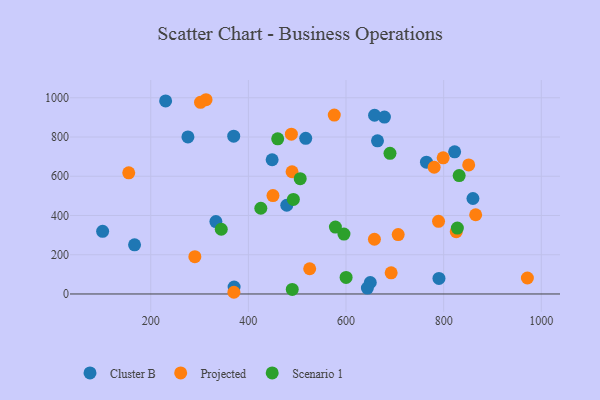
{"axis": {"x": "Investment", "y": "Exam Score"}, "legend": ["Cluster B", "Projected", "Scenario 1"], "data": [{"x": "448.7", "y": 684.0, "type": "Cluster B"}, {"x": "649.7", "y": 58.5, "type": "Cluster B"}, {"x": "478.7", "y": 452.1, "type": "Cluster B"}, {"x": "678.7", "y": 901.3, "type": "Cluster B"}, {"x": "333.5", "y": 369.0, "type": "Cluster B"}, {"x": "658.5", "y": 910.8, "type": "Cluster B"}, {"x": "664.5", "y": 780.4, "type": "Cluster B"}, {"x": "860.0", "y": 486.5, "type": "Cluster B"}, {"x": "101.5", "y": 319.2, "type": "Cluster B"}, {"x": "764.8", "y": 671.8, "type": "Cluster B"}, {"x": "643.8", "y": 29.9, "type": "Cluster B"}, {"x": "166.9", "y": 250.5, "type": "Cluster B"}, {"x": "822.5", "y": 724.2, "type": "Cluster B"}, {"x": "517.5", "y": 793.0, "type": "Cluster B"}, {"x": "370.0", "y": 804.1, "type": "Cluster B"}, {"x": "230.5", "y": 984.0, "type": "Cluster B"}, {"x": "276.2", "y": 800.5, "type": "Cluster B"}, {"x": "790.4", "y": 79.3, "type": "Cluster B"}, {"x": "370.8", "y": 35.6, "type": "Cluster B"}, {"x": "780.6", "y": 645.9, "type": "Projected"}, {"x": "692.5", "y": 107.9, "type": "Projected"}, {"x": "658.2", "y": 278.8, "type": "Projected"}, {"x": "489.5", "y": 622.8, "type": "Projected"}, {"x": "971.5", "y": 81.4, "type": "Projected"}, {"x": "576.0", "y": 911.5, "type": "Projected"}, {"x": "825.8", "y": 317.4, "type": "Projected"}, {"x": "370.4", "y": 8.7, "type": "Projected"}, {"x": "851.3", "y": 657.6, "type": "Projected"}, {"x": "450.4", "y": 501.7, "type": "Projected"}, {"x": "488.1", "y": 814.4, "type": "Projected"}, {"x": "290.4", "y": 190.2, "type": "Projected"}, {"x": "155.0", "y": 617.4, "type": "Projected"}, {"x": "865.6", "y": 403.8, "type": "Projected"}, {"x": "799.0", "y": 693.7, "type": "Projected"}, {"x": "313.3", "y": 989.9, "type": "Projected"}, {"x": "525.6", "y": 128.5, "type": "Projected"}, {"x": "789.5", "y": 370.3, "type": "Projected"}, {"x": "302.0", "y": 976.9, "type": "Projected"}, {"x": "706.9", "y": 302.9, "type": "Projected"}, {"x": "690.1", "y": 716.8, "type": "Scenario 1"}, {"x": "425.5", "y": 436.9, "type": "Scenario 1"}, {"x": "595.8", "y": 305.3, "type": "Scenario 1"}, {"x": "460.1", "y": 790.9, "type": "Scenario 1"}, {"x": "828.1", "y": 335.9, "type": "Scenario 1"}, {"x": "492.2", "y": 482.1, "type": "Scenario 1"}, {"x": "489.9", "y": 23.4, "type": "Scenario 1"}, {"x": "600.2", "y": 84.6, "type": "Scenario 1"}, {"x": "831.8", "y": 603.5, "type": "Scenario 1"}, {"x": "344.5", "y": 329.8, "type": "Scenario 1"}, {"x": "506.2", "y": 587.4, "type": "Scenario 1"}, {"x": "578.3", "y": 341.0, "type": "Scenario 1"}]}